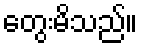
တွေးမိသည်။